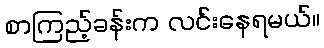
စာကြည့်ခန်းက လင်းနေရမယ်။